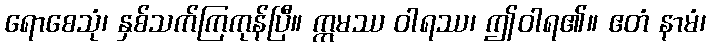
ရောစေသုံ၊ နှစ်သက်ကြကုန်ပြီ။ ဣမဿ ဝါရဿ၊ ဤဝါရ၏။ ဧတံ နာမံ၊